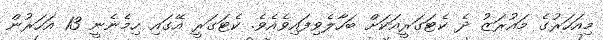
މިއަހަރުގެ މައުރަޒު ދެ ކެޓަގަރީއަކަށް ބަހާލެވިފައިވެއެވެ. ކެޓަގަރީ އޭގައި ހިމެނެނީ 13 އަހަރުން